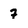
Character: 7